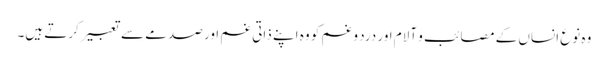
وہ نوع انساں کے مصائب و آلام اور درد و غم کو وہ اپنے ذاتی غم اور صدمے سے تعبیر کرتے ہیں۔